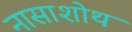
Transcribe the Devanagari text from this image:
नासाशोथ